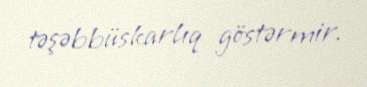
təşəbbüskarlıq göstərmir.